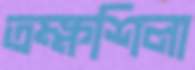
তক্ষশিলা